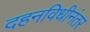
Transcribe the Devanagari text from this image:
दहनविधीनंतर